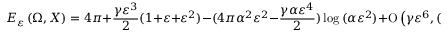
E _ { \varepsilon } \left( \Omega , X \right) = 4 \pi + \frac { \gamma \varepsilon ^ { 3 } } { 2 } ( 1 + \varepsilon + \varepsilon ^ { 2 } ) - ( 4 \pi \alpha ^ { 2 } \varepsilon ^ { 2 } - \frac { \gamma \alpha \varepsilon ^ { 4 } } { 2 } ) \log { ( \alpha \varepsilon ^ { 2 } ) } + \ensuremath { \operatorname { O } \left( \gamma \varepsilon ^ { 6 } , ( \gamma + 1 ) \alpha \varepsilon ^ { 4 } , \alpha ^ { 2 } \varepsilon ^ { 2 } , \alpha h ^ { 2 } \right) } .